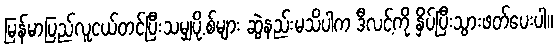
မြန်မာပြည်လူငယ်တင်ပြီးသမျှပို.စ်များ ဆွဲနည်းမသိပါက ဒီလင့်ကို နှိပ်ပြီးသွားဖတ်ပေးပါ။